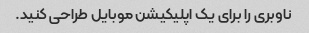
ناوبری را برای یک اپلیکیشن موبایل طراحی کنید.